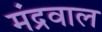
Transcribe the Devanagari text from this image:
मंद्रवाल